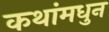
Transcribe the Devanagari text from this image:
कथांमधुन